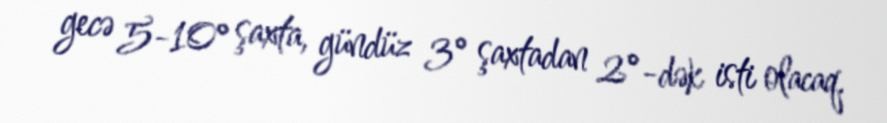
gecə 5-10° şaxta, gündüz 3° şaxtadan 2°-dək isti olacaq.